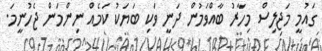
ގައުމީ މަޖިލިސް މިހާރު ބާއްވަމުން ދަނީ ވަކި ބަޔަކު ކަމެއް ނިންމަން ޖެހުނީމަ.